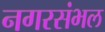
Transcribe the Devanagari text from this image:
नगरसंभल